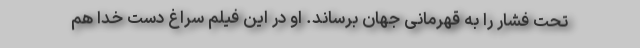
تحت فشار را به قهرمانی جهان برساند. او در این فیلم سراغ دست خدا هم